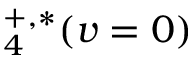
_ 4 ^ { + , * } ( v = 0 )